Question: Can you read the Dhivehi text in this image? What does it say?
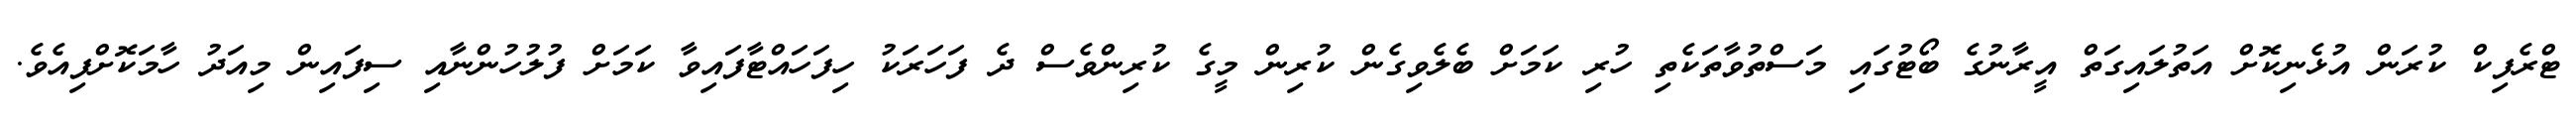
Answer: ޓްރެފިކް ކުރަން އުޅެނިކޮށް އަތުލައިގަތް އީރާނުގެ ބޯޓުގައި މަސްތުވާތަކެތި ހުރި ކަމަށް ބެލެވިގެން ކުރިން މީގެ ކުރިންވެސް ދެ ފަހަރަކު ހިފަހައްޓާފައިވާ ކަމަށް ފުލުހުންނާއި ސިފައިން މިއަދު ހާމަކޮށްފިއެވެ.